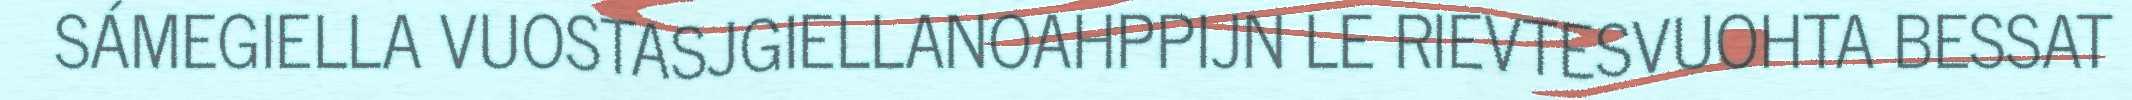
SÁMEGIELLA VUOSTASJGIELLANOAHPPIJN LE RIEVTESVUOHTA BESSAT